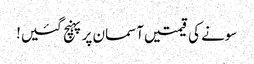
سونے کی قیمتیں آسمان پر پہنچ گئیں!